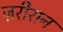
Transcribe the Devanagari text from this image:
ज़रीरान